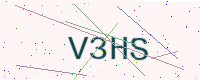
Text: V3HS